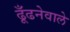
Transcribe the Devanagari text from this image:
ढूँढनेवाले